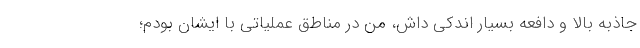
جاذبه بالا و دافعه بسیار اندکی داش، من در مناطق عملیاتی با ایشان بودم؛